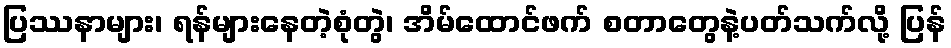
ပြဿနာများ၊ ရန်များနေတဲ့စုံတွဲ၊ အိမ်ထောင်ဖက် စတာတွေနဲ့ပတ်သက်လို့ ပြန်